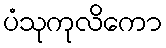
ပံသုကုလိကော